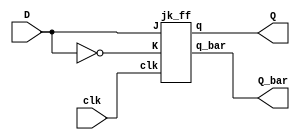
`timescale 1ns / 1ps
//////////////////////////////////////////////////////////////////////////////////
// Company: 
// Engineer: 
// 
// Design Name: 
// Module Name:    dsr 
// Project Name: 
// Target Devices: 
// Tool versions: 
// Description: 
//
// Dependencies: 
//
// Revision: 
// Revision 0.01 - File Created
// Additional Comments: 
//
//////////////////////////////////////////////////////////////////////////////////
module dsr(clk,D,Q,Q_bar);
input clk, D;
output Q,Q_bar;

jk_ff JKF(clk, D,~D, Q,Q_bar );
endmodule

module jk_ff(clk,J,K, q,q_bar);
input clk,J,K;
output reg q;
output q_bar;

always@(posedge clk)
begin
  case({J,K})
    2'b00: q <= q;
  2'b01: q <= 1'b0;
  2'b10: q <= 1'b1;
  2'b11: q <= ~q;
  endcase
end

assign q_bar = ~q;
endmodule